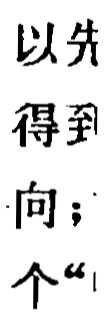
以先\\
得到\\
向；\\
个“